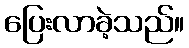
ပြေးလာခဲ့သည်။